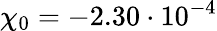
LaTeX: \chi_{0}=-2.30\cdot 10^{-4}